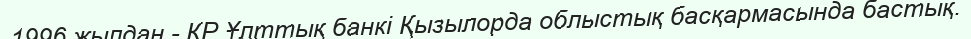
1996 жылдан - ҚР Ұлттық банкі Қызылорда облыстық басқармасында бастық.